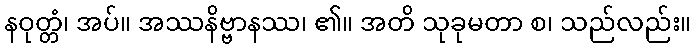
နဝုတ္တံ၊ အပ်။ အဿနိဗ္ဗာနဿ၊ ၏။ အတိ သုခုမတာ စ၊ သည်လည်း။